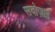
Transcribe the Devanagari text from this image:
सदोज़ाई